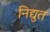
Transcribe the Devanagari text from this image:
निद्युत